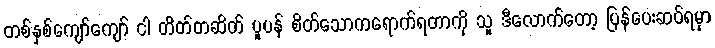
တစ်နှစ်ကျော်ကျော် ငါ တိတ်တဆိတ် ပူပန် စိတ်သောကရောက်ရတာကို သူ ဒီလောက်တော့ ပြန်ပေးဆပ်ရမှာ